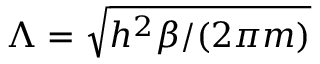
\Lambda = { \sqrt { h ^ { 2 } \beta / ( 2 \pi m ) } }